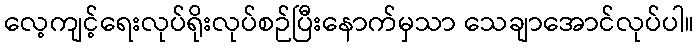
လေ့ကျင့်ရေးလုပ်ရိုးလုပ်စဉ်ပြီးနောက်မှသာ သေချာအောင်လုပ်ပါ။